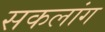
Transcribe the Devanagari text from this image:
सकलांग